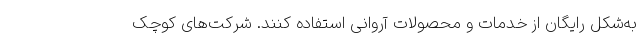
به‌شکل رایگان از خدمات و محصولات آروانی استفاده کنند. شرکت‌های کوچک